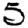
Digit: 5